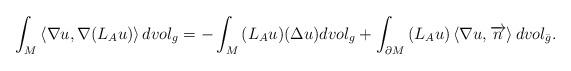
LaTeX: \begin{align*}\int_M {\left\langle {\nabla u,\nabla ({L _A}u)} \right\rangle dvo{l_g}} = - \int_M {({L _A}u)(\Delta u)dvo{l_g}} + \int_{\partial M} {({L_A}u)\left\langle {\nabla u,\overrightarrow{n}} \right\rangle dvo{l_{\bar g}}}.\end{align*}